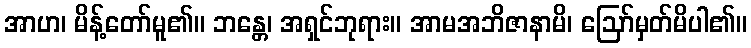
အာဟ၊ မိန့်တော်မူ၏။ ဘန္တေ၊ အရှင်ဘုရား။ အာမအဘိဇာနာမိ၊ ဩော်မှတ်မိပါ၏။